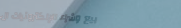
بيع وشراء الإلكترونيات ال